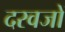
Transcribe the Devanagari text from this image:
दरवजों